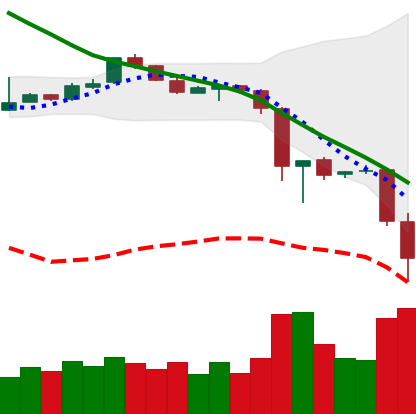
Ticker: EOS-USD
Chart end date: 2018-11-20
Forward return: -9.639%
Label: down_7plus